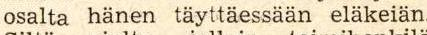
osalta hänen täyttäessään eläkeiän